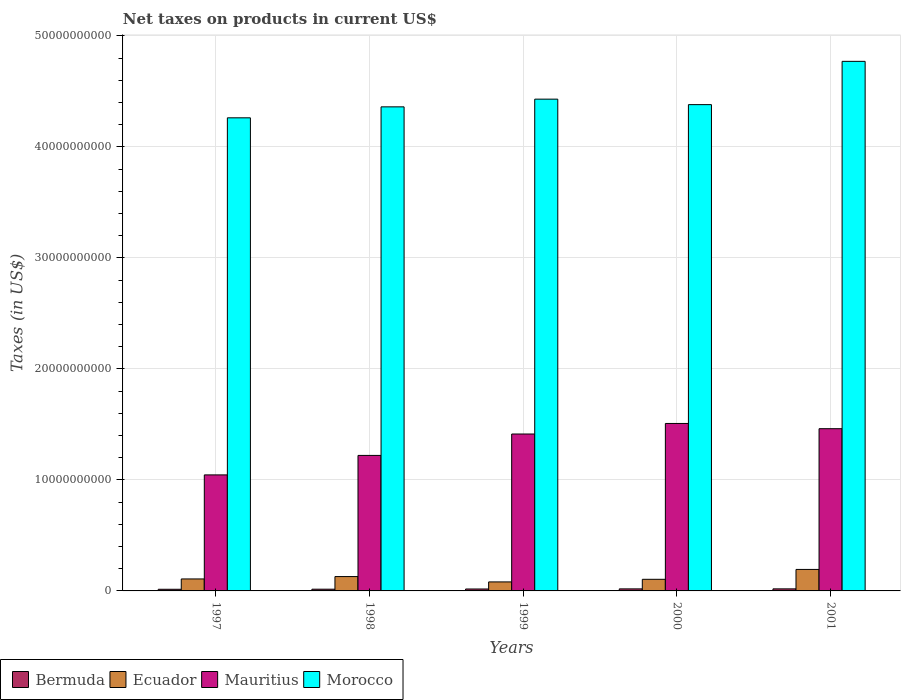
| Years | Bermuda | Ecuador | Mauritius | Morocco |
 | --- | --- | --- | --- | --- |
 | 1997 | 1.48e+08 | 1.08e+09 | 1.05e+10 | 4.26e+10 |
 | 1998 | 1.56e+08 | 1.29e+09 | 1.22e+10 | 4.36e+10 |
 | 1999 | 1.74e+08 | 8.11e+08 | 1.41e+10 | 4.43e+10 |
 | 2000 | 1.84e+08 | 1.05e+09 | 1.51e+10 | 4.38e+10 |
 | 2001 | 1.85e+08 | 1.94e+09 | 1.46e+10 | 4.77e+10 |